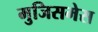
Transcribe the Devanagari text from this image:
मुजिसमेस